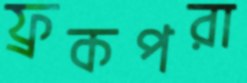
ফ্রকপরা